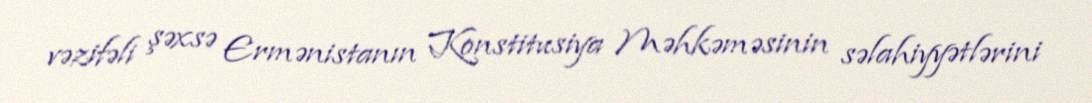
vəzifəli şəxsə Ermənistanın Konstitusiya Məhkəməsinin səlahiyyətlərini